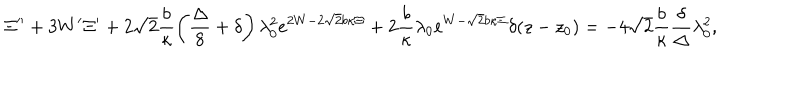
LaTeX: \Xi ^ { \prime \prime } + 3 W ^ { \prime } \Xi ^ { \prime } + 2 \sqrt { 2 } \frac { b } { \kappa } \left( \frac { \Delta } { 8 } + \delta \right) \lambda _ { 0 } ^ { 2 } e ^ { 2 W - 2 \sqrt { 2 } b \kappa \Xi } + 2 \frac { b } { \kappa } \lambda _ { 0 } e ^ { W - \sqrt { 2 } b \kappa \Xi } \delta ( z - z _ { 0 } ) = - 4 \sqrt { 2 } \frac { b } { \kappa } \frac { \delta } { \Delta } \lambda _ { 0 } ^ { 2 } ,